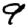
Digit: 9